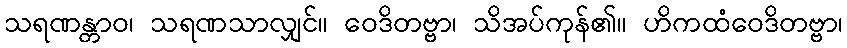
သရဏန္တာဝ၊ သရဏသာလျှင်။ ဝေဒိတဗ္ဗာ၊ သိအပ်ကုန်၏။ ဟိကထံဝေဒိတဗ္ဗာ၊